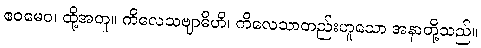
ဧဝမေဝ၊ ထို့အတူ။ ကိလေသဗျာဓိဟိ၊ ကိလေသာတည်းဟူသော အနာတို့သည်။